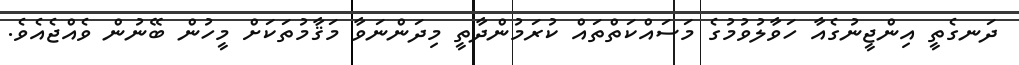
ދަނގެތީ އިންޖީނުގެއާ ހަވާލުވުމުގެ މަސައްކަތްތައް ކުރަމުންދާތީ މިދަންނަވާ މަޤާމުތަކަށް މީހުން ބޭނުން ވެއްޖެއެވެ.